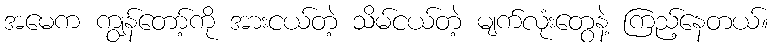
အမေက ကျွန်တော့်ကို အားငယ်တဲ့ သိမ်ငယ်တဲ့ မျက်လုံးတွေနဲ့ ကြည့်နေတယ်။